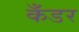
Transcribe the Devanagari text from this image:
कँडर